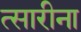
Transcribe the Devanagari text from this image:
त्सारीना